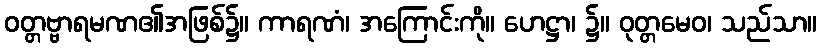
ဝတ္တဗ္ဗာရမဏ၏အဖြစ်၌။ ကာရဏံ၊ အကြောင်းကို။ ဟေဋ္ဌာ၊ ၌။ ဝုတ္တမေဝ၊ သည်သာ။